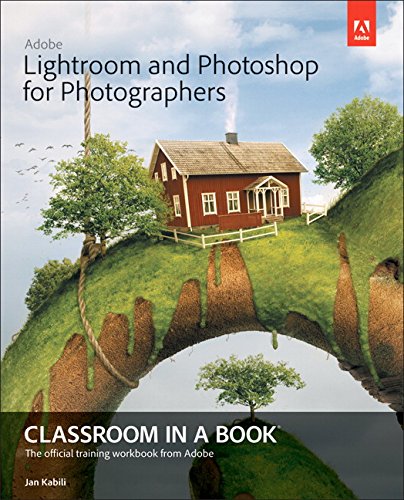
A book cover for Adobe Lightroom and Photoshop for Photographers Classroom in a Book; Jan Kabili; Computers & Technology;